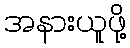
အနားယူဖို့